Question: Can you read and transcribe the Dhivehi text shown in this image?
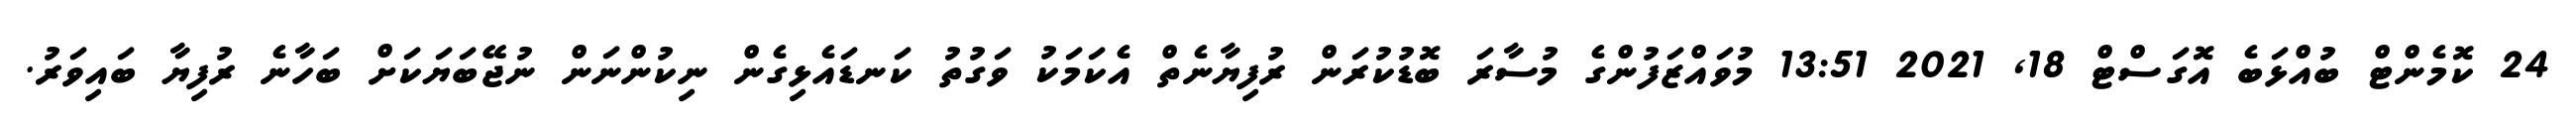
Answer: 24 ކޮމެންޓް ބުއްޅަބެ އޮގަސްޓް 18, 2021 13:51 މުވައްޒަފުންގެ މުސާރަ ބޮޑުކުރަން ރުފިޔާނެތް އެކަމަކު ވަގުތު ކަނޑައެޅިގެން ނިކުންނަން ނުޖޭބަޔަކަށް ބަހާނެ ރުފިޔާ ބައިވަރު.